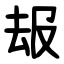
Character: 叝